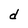
Character: d